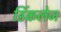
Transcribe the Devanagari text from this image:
डिंकलेज